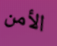
الأمن